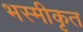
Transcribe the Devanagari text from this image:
भस्मीकृत